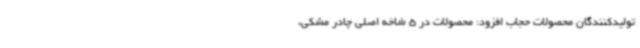
تولیدکنندگان محصولات حجاب افزود: محصولات در 5 شاخه اصلی چادر مشکی،